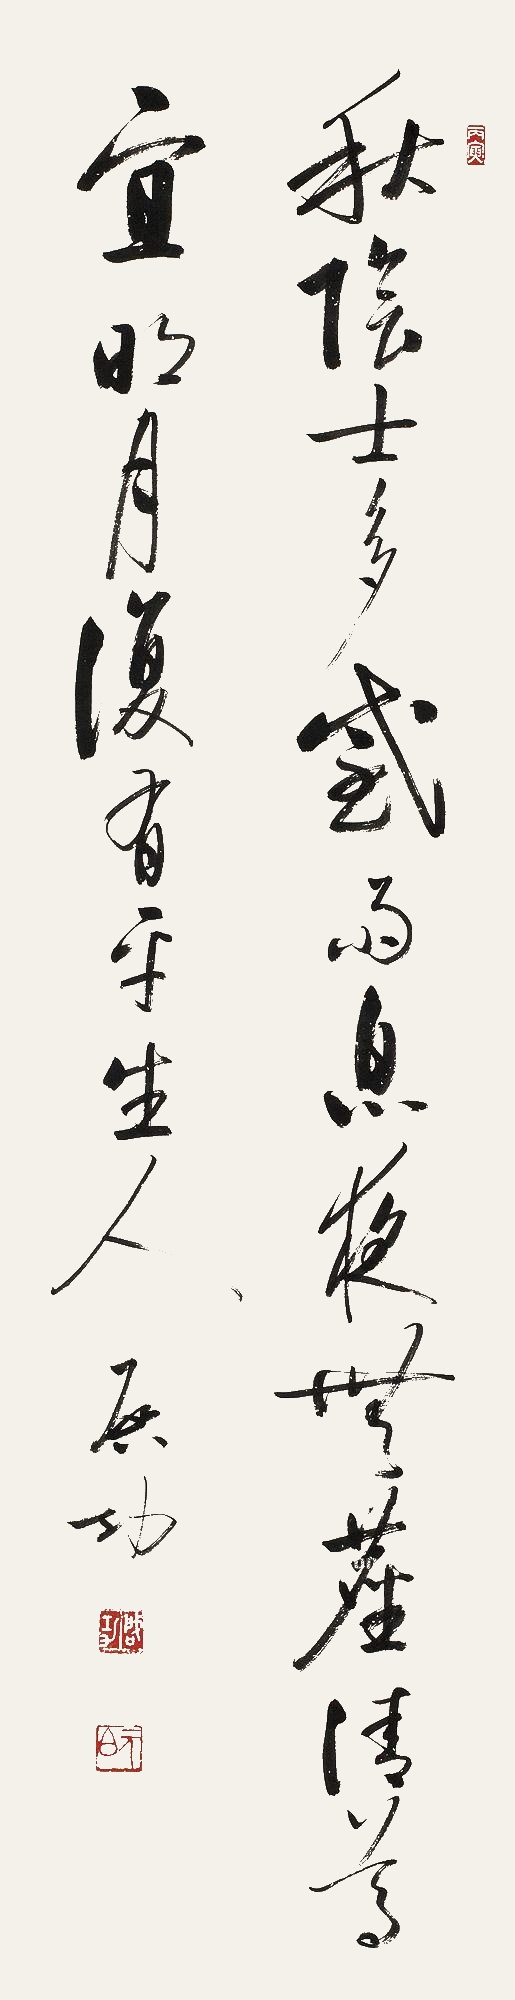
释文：秋阴士多感，雨息夜无尘。清樽宜明月，复有平生人。启功。